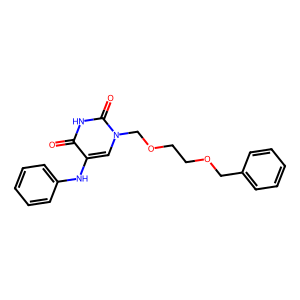
SMILES: O=c1[nH]c(=O)n(COCCOCc2ccccc2)cc1Nc1ccccc1
Inhibits HIV replication: No